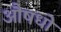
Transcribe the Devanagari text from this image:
औषधो